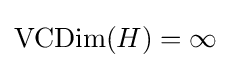
\operatorname {VCDim} (H)=\infty